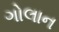
ગોલાન